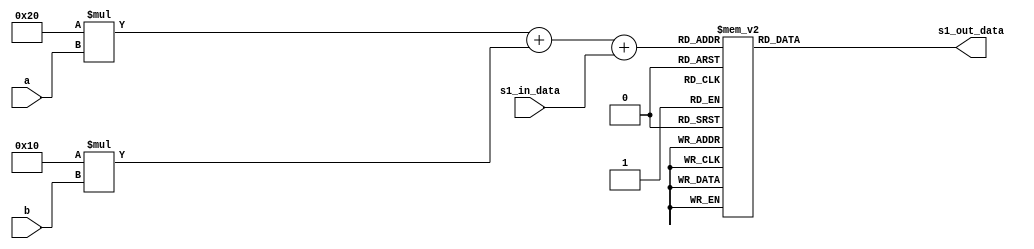
module s1_box(
   input[3:0] s1_in_data,   input a,
   input b,
   output[3:0] s1_out_data
 );
   
   reg[3:0] out_bits;
   reg [5:0] flag;

   always@(*) begin
         flag=32*a+16*b+s1_in_data;

     case (flag)
        
        6'd0  : out_bits = 4'd14;             
        6'd1  : out_bits = 4'd4;             
        6'd2  : out_bits = 4'd13;            
        6'd3  : out_bits = 4'd1;             
        6'd4  : out_bits = 4'd2;             
        6'd5  : out_bits = 4'd15;             
        6'd6  : out_bits = 4'd11;             
        6'd7  : out_bits = 4'd8;             
        6'd8  : out_bits = 4'd3;             
        6'd9  : out_bits = 4'd10;             
        6'd10 : out_bits = 4'd6;             
        6'd11 : out_bits = 4'd12;             
        6'd12 : out_bits = 4'd5;             
        6'd13 : out_bits = 4'd9;             
        6'd14 : out_bits = 4'd0;             
        6'd15 : out_bits = 4'd7;             
        6'd16 : out_bits = 4'd0;             
        6'd17 : out_bits = 4'd15;             
        6'd18 : out_bits = 4'd7;             
        6'd19 : out_bits = 4'd4;             
        6'd20 : out_bits = 4'd14;             
        6'd21 : out_bits = 4'd2;             
        6'd22 : out_bits = 4'd13;             
        6'd23 : out_bits = 4'd1;             
        6'd24 : out_bits = 4'd10;             
        6'd25 : out_bits = 4'd6;             
        6'd26 : out_bits = 4'd12;             
        6'd27 : out_bits = 4'd11;             
        6'd28 : out_bits = 4'd9;             
        6'd29 : out_bits = 4'd5;             
        6'd30 : out_bits = 4'd3;             
        6'd31 : out_bits = 4'd8;             
        6'd32 : out_bits = 4'd4;             
        6'd33 : out_bits = 4'd1;             
        6'd34 : out_bits = 4'd14;             
        6'd35 : out_bits = 4'd8;             
        6'd36 : out_bits = 4'd13;             
        6'd37 : out_bits = 4'd6;             
        6'd38 : out_bits = 4'd2;             
        6'd39 : out_bits = 4'd11;             
        6'd40 : out_bits = 4'd15;             
        6'd41 : out_bits = 4'd12;             
        6'd42 : out_bits = 4'd9;             
        6'd43 : out_bits = 4'd7;             
        6'd44 : out_bits = 4'd3;             
        6'd45 : out_bits = 4'd10;             
        6'd46 : out_bits = 4'd5;             
        6'd47 : out_bits = 4'd0;             
        6'd48 : out_bits = 4'd15;             
        6'd49 : out_bits = 4'd12;             
        6'd50 : out_bits = 4'd8;             
        6'd51 : out_bits = 4'd2;             
        6'd52 : out_bits = 4'd4;             
        6'd53 : out_bits = 4'd9;            
        6'd54 : out_bits = 4'd1;             
        6'd55 : out_bits = 4'd7;            
        6'd56 : out_bits = 4'd5;        
        6'd57 : out_bits = 4'd11;        
        6'd58 : out_bits = 4'd3;       
        6'd59 : out_bits = 4'd14;       
        6'd60 : out_bits = 4'd10;       
        6'd61 : out_bits = 4'd0;       
        6'd62 : out_bits = 4'd6;      
        6'd63 : out_bits = 4'd13;      
        default : out_bits = 4'd0;  
        
       
     endcase
   end
   assign s1_out_data = out_bits;

 endmodule